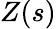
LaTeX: Z(s)